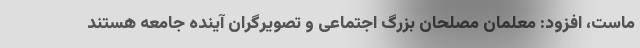
ماست، افزود: معلمان مصلحان بزرگ اجتماعی و تصویرگران آینده جامعه هستند